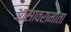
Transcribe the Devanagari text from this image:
आसावरामाता